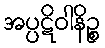
အပ္ပဋိဝါနိဉ္စ